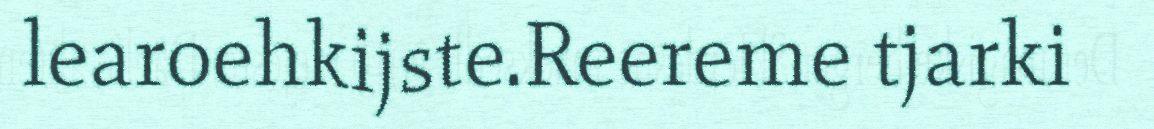
learoehkijste.Reereme tjarki